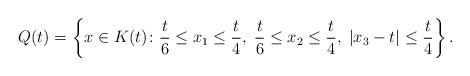
LaTeX: \begin{align*}Q(t)=\left\{x\in K(t)\colon \frac{t}{6}\leq x_1\leq \frac{t}{4},\;\frac{t}{6}\leq x_2\leq \frac{t}{4},\;|x_3-t|\leq \frac{t}{4}\right\} .\end{align*}